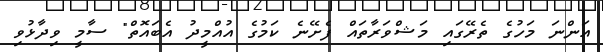
އަންނަ މަހުގެ ތެރޭގައި މަޝްވަރާތައް ފެށޭނެ ކަމުގެ އުއްމީދު އެބައޮތް" ސާމީ ވިދާޅުވި